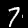
Label: 7